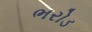
ભરોડ